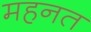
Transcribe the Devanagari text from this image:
महनत